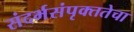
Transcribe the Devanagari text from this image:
संदर्भसंपृक्ततेचा